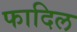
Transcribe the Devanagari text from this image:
फादिल